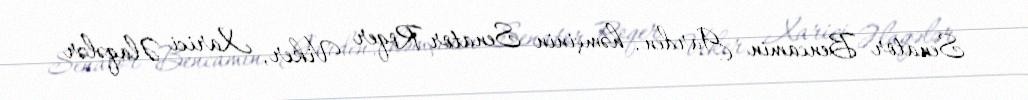
Senator Bencamin Garden, həmçinin Senator Roqer Viker, Xarici Əlaqələr